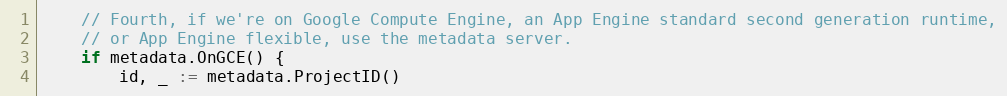
Language: Go
	// Fourth, if we're on Google Compute Engine, an App Engine standard second generation runtime,
	// or App Engine flexible, use the metadata server.
	if metadata.OnGCE() {
		id, _ := metadata.ProjectID()